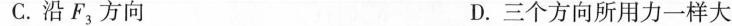
C.沿F_{3}方向 D.三个方向所用力一样大